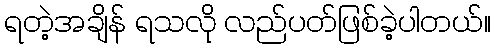
ရတဲ့အချိန် ရသလို လည်ပတ်ဖြစ်ခဲ့ပါတယ်။